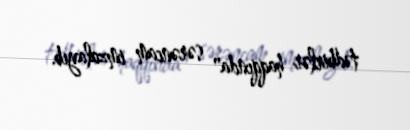
tədbirlər haqqında" sərəncam imzalayıb.